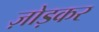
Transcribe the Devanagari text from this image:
ज़ोड़कर